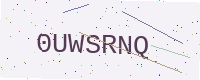
Text: 0UWSRNQ